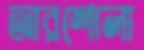
আরশোলা